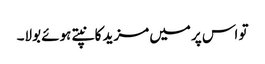
تو اس پر میں مزید کانپتے ہوئے بولا۔